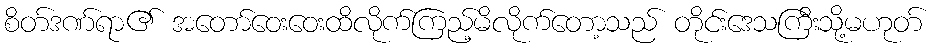
စိတ်ဒဏ်ရာ၏ အတော်ဝေးဝေးထိလိုက်ကြည့်မိလိုက်တော့သည် တိုင်းဒေသကြီးသို့မဟုတ်